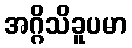
အဂ္ဂိသိခူပမာ